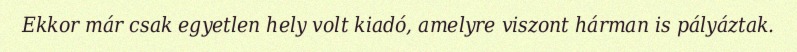
Ekkor már csak egyetlen hely volt kiadó, amelyre viszont hárman is pályáztak.